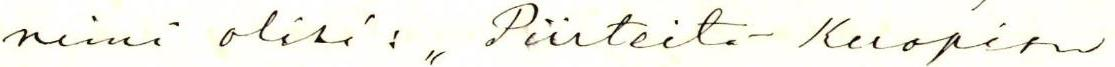
nimi olisi: "Piirteitä Kuopion